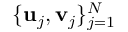
\{ \mathbf { u } _ { j } , \mathbf { v } _ { j } \} _ { j = 1 } ^ { N }